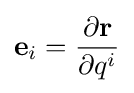
\mathbf {e} _{i}={\frac {\partial \mathbf {r} }{\partial q^{i}}}